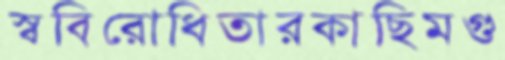
স্ববিরোধিতারকাছিমগু